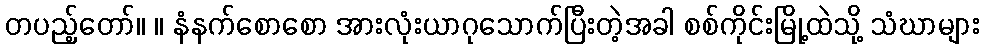
တပည့်တော်။ ။ နံနက်စောစော အားလုံးယာဂုသောက်ပြီးတဲ့အခါ စစ်ကိုင်းမြို့ထဲသို့ သံဃာများ